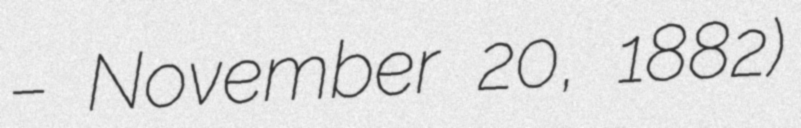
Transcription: – November 20, 1882)